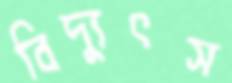
বিদ্যুৎস